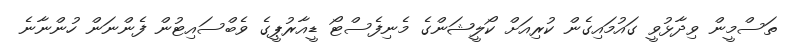
ތަސްމީން ވިދާޅުވީ ގައުމައިގެން ކުރިއަށް ކޯލީޝަންގެ މެނިފެސްޓޯ ޑީއާރުޕީގެ ވެބްސައިޓުން ފެންނަން ހުންނާނެ